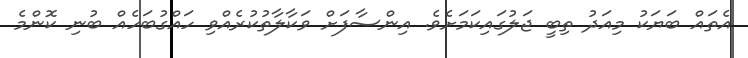
އެތައް ބަޔަކު މިއަދު ތިބީ ޖަލުގައިކަމަށެވެ. އިންސާފަށް ވަކާލާތުކުރެއްވި ހައްގުބަހެއް ބުނި ކޮންމެ